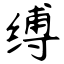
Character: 缚